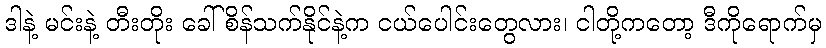
ဒါနဲ့ မင်းနဲ့ တီးတိုး ခေါ် စိန်သက်နိုင်နဲ့က ငယ်ပေါင်းတွေလား၊ ငါတို့ကတော့ ဒီကိုရောက်မှ